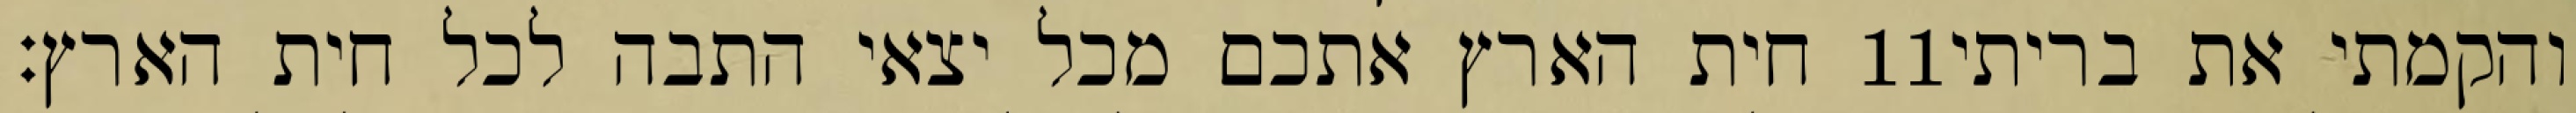
חית הארץ אתכם מכל יצאי התבה לכל חית הארץ׃ ‎11‏ והקמתי את בריתי